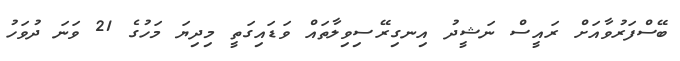
ބޭސްފަރުވާއަށް ރައީސް ނަޝީދު އިނގިރޭސިވިލާތައް ވަޑައިގަތީ މިދިޔަ މަހުގެ 21 ވަނަ ދުވަހު